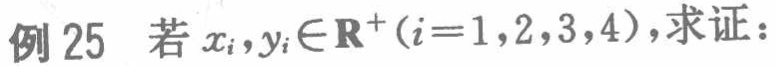
例 25 若 \(x_{i},y_{i}\in\mathbf{R}^{+}(i = 1,2,3,4)\)，求证：